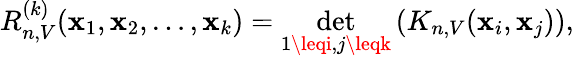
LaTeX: R_{n,V}^{(k)}(\mathbf{x}_{1},\mathbf{x}_{2},\dots,\mathbf{x}_{k})=\operatorname*{det}_{1\leqi,j\leqk}\left(K_{n,V}(\mathbf{x}_{i},\mathbf{x}_{j})\right),